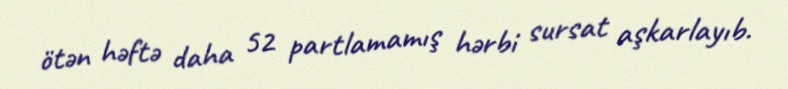
ötən həftə daha 52 partlamamış hərbi sursat aşkarlayıb.